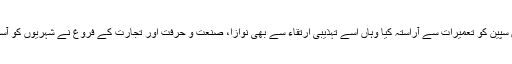
مسلمانوں نے جہاں سپین کو تعمیرات سے آراستہ کیا وہاں اُسے تہذیبی اِرتقاء سے بھی نوازا، صنعت و حرفت اور تجارت کے فروغ نے شہریوں کو آسودہ حال کر دیا تھا۔